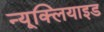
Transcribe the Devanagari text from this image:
न्यूक्लियाइड